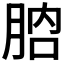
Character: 𦛚